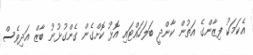
އެކަމަކު ފިޒާންގެ އަތުން ކާންދީ ބަލަހައްޓައި އޮޅު ކޮށްގެން ގެންގުޅުނު ބާޒް އަދިވެސް